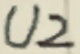
Text: U2